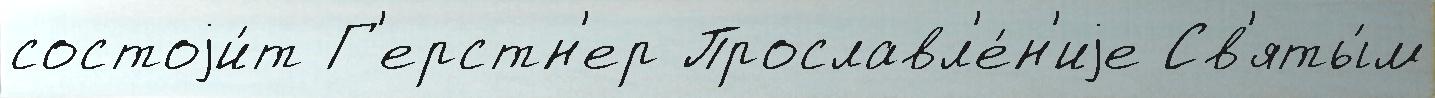
состоjи́т Г'ерстн'ер Прославл'е́н'иjе Св'яты́м